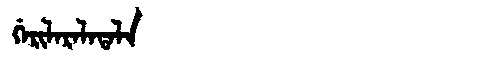
Manchu: ᡤᡝᡵᡳᠯᠠᡵᠠᠯᠠᡨᠠᠯᠠ
Romanization: GERILARALATALA